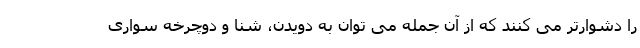
را دشوارتر می کنند که از آن جمله می توان به دویدن، شنا و دوچرخه سواری